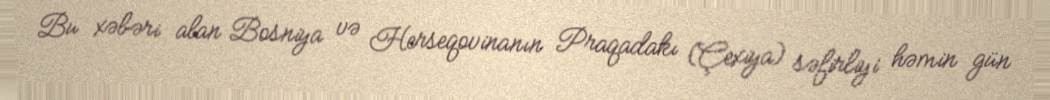
Bu xəbəri alan Bosniya və Herseqovinanın Praqadakı (Çexiya) səfirliyi həmin gün